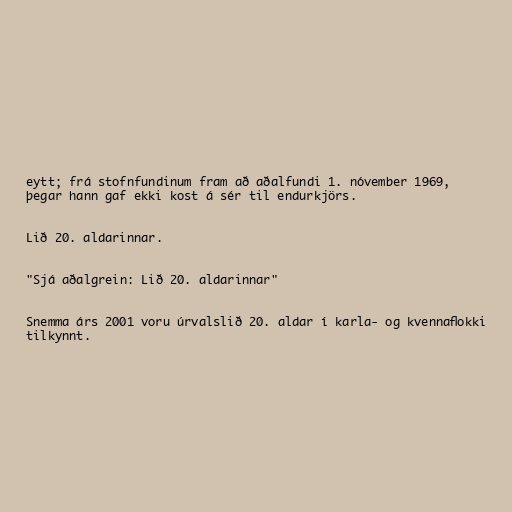
eytt; frá stofnfundinum fram að aðalfundi 1. nóvember 1969,
þegar hann gaf ekki kost á sér til endurkjörs.

Lið 20. aldarinnar.

"Sjá aðalgrein: Lið 20. aldarinnar"

Snemma árs 2001 voru úrvalslið 20. aldar í karla- og kvennaflokki
tilkynnt.